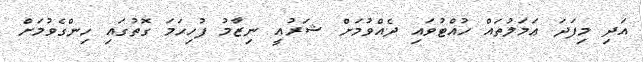
އަދި މިފަދަ ޢަމަލުތައް ހުއްޓުވައި ދެއްވުމަށް ޝަރުޢީ ނިޒާމު ފުހިހަމަ ގޮތުގައި ހިންގެވުމަށް